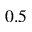
0 . 5